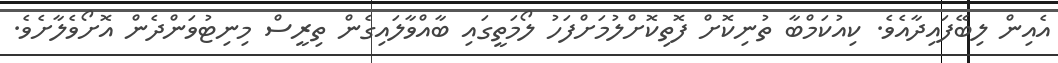
އެއިން ލިބޭފައިދާއެވެ. ކިއުކަމްބާ ތުނިކޮށް ފޮތިކޮށްލުމަށްފަހު ލޯމަތީގައި ބާއްވާލައިގެން ތިރީސް މިނިޓުވަންދެން އޮށޯވެލާށެވެ.